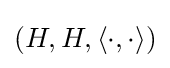
(H,H,\langle \cdot ,\cdot \rangle )